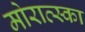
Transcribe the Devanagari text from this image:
मोराव्स्का